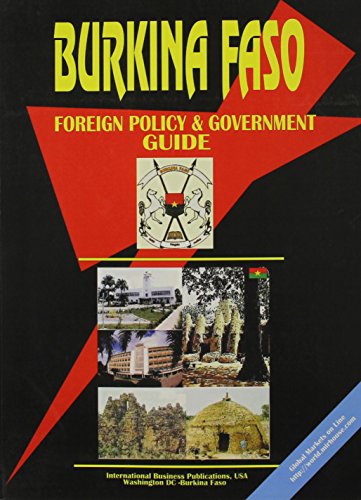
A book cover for Burkina Faso Foreign Policy And Government Guide; Ibp Usa; Travel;